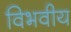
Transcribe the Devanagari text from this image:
विभवीय